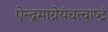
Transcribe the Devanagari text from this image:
ऐन्द्रमाग्नेयंचत्वाष्ट्रं